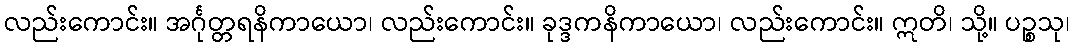
လည်းကောင်း။ အင်္ဂုတ္တရနိကာယော၊ လည်းကောင်း။ ခုဒ္ဒကနိကာယော၊ လည်းကောင်း။ ဣတိ၊ သို့။ ပဉ္စသု၊